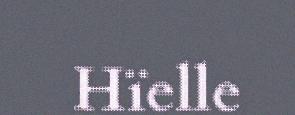
Hïelle